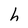
Character: h